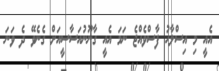
އެއީ މި އިސްލާހު ފާސްވެއްޖެ ނަމަ އެއީ ގާނޫނުއަސާސީއަށް ގެނެވޭ ދެ ވަނަ